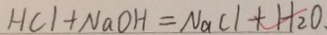
H C l + N a O H = N a C l + H _ { 2 } O